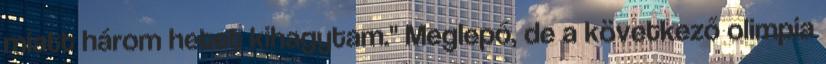
miatt három hetet kihagytam." Meglepő, de a következő olimpia